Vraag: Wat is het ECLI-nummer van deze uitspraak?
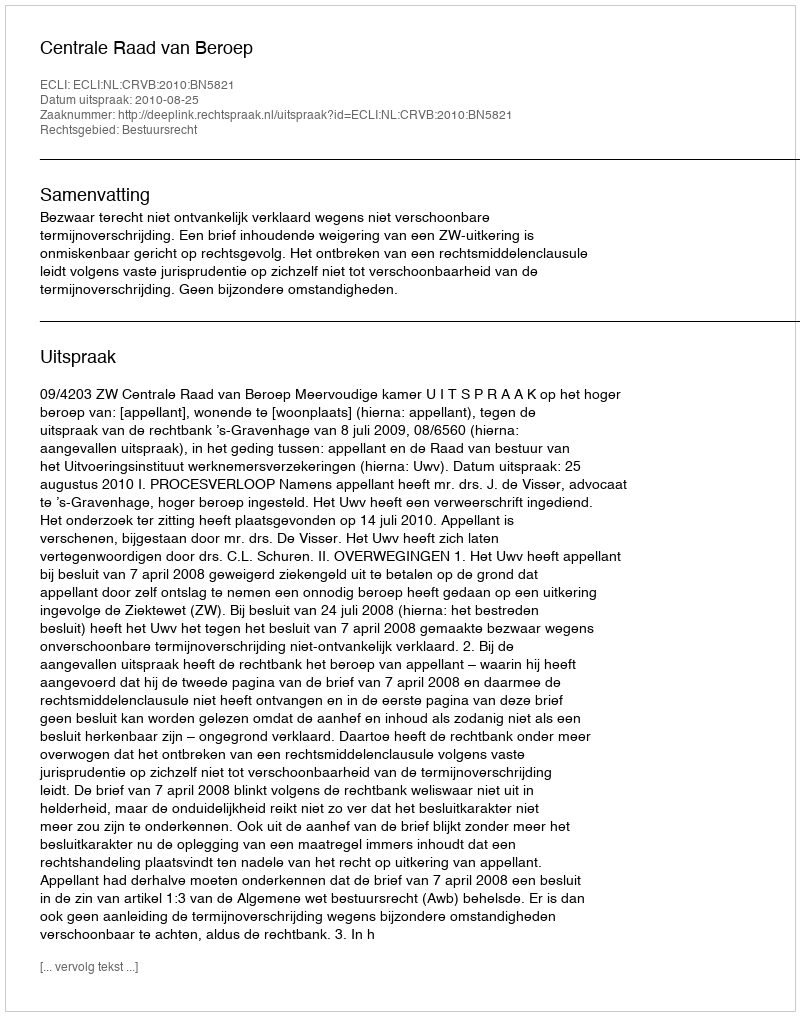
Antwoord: ECLI:NL:CRVB:2010:BN5821